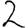
Digit: 2